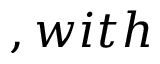
, w i t h